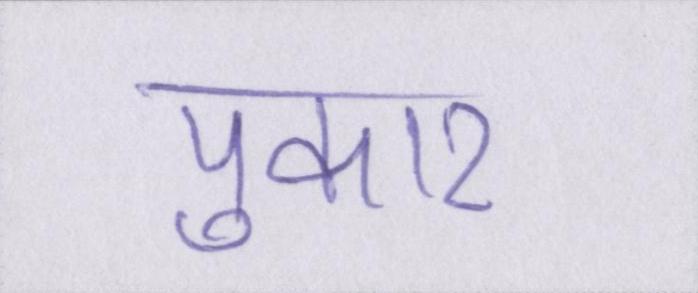
पुकार